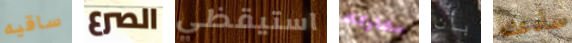
ساقيه الصرع استيقظي مشاركته بأن سأدعك